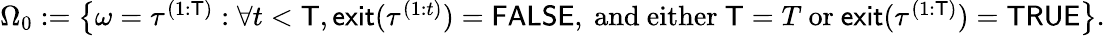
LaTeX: \begin{array}{r}{\Omega_{0}\mathrel{\mathop:}={\left\{ \omega=\tau^{(1:\mathsf{T})}:\forall t<\mathsf{T},\mathsf{exit}(\tau^{(1:t)})=\mathsf{FALSE},\mathrm{~and~either~}\mathsf{T}=T\mathrm{~or~}\mathsf{exit}(\tau^{(1:\mathsf{T})})=\mathsf{TRUE}\right\} }.}\end{array}